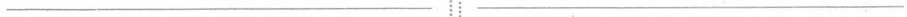
___